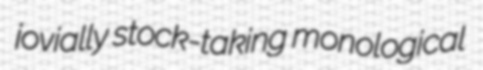
jovially stock-taking monological